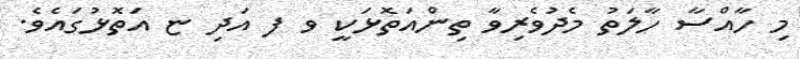
މި ހާއްސާ ހާލަތު މެދުވެރިވާ ތިންއަތޮޅަކީ ވ ފ އަދި ޏ އަތޮޅުގައެވެ.